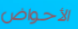
الأحواض